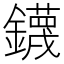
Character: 鑖